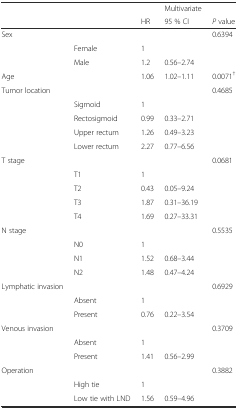
<table><thead><tr><td></td><td></td><td></td><td><b>Multivariate</b></td><td></td></tr><tr><td></td><td></td><td><b>HR</b></td><td><b>95 % CI</b></td><td><b><i>P</i> value</b></td></tr></thead><tbody><tr><td rowspan="3">Sex</td><td></td><td></td><td></td><td>0.6394</td></tr><tr><td>Female</td><td>1</td><td></td><td></td></tr><tr><td>Male</td><td>1.2</td><td>0.56–2.74</td><td></td></tr><tr><td>Age</td><td></td><td>1.06</td><td>1.02–1.11</td><td>0.0071<sup>†</sup></td></tr><tr><td rowspan="5">Tumor location</td><td></td><td></td><td></td><td>0.4685</td></tr><tr><td>Sigmoid</td><td>1</td><td></td><td></td></tr><tr><td>Rectosigmoid</td><td>0.99</td><td>0.33–2.71</td><td></td></tr><tr><td>Upper rectum</td><td>1.26</td><td>0.49–3.23</td><td></td></tr><tr><td>Lower rectum</td><td>2.27</td><td>0.77–6.56</td><td></td></tr><tr><td rowspan="5">T stage</td><td></td><td></td><td></td><td>0.0681</td></tr><tr><td>T1</td><td>1</td><td></td><td></td></tr><tr><td>T2</td><td>0.43</td><td>0.05–9.24</td><td></td></tr><tr><td>T3</td><td>1.87</td><td>0.31–36.19</td><td></td></tr><tr><td>T4</td><td>1.69</td><td>0.27–33.31</td><td></td></tr><tr><td rowspan="4">N stage</td><td></td><td></td><td></td><td>0.5535</td></tr><tr><td>N0</td><td>1</td><td></td><td></td></tr><tr><td>N1</td><td>1.52</td><td>0.68–3.44</td><td></td></tr><tr><td>N2</td><td>1.48</td><td>0.47–4.24</td><td></td></tr><tr><td rowspan="3">Lymphatic invasion</td><td></td><td></td><td></td><td>0.6929</td></tr><tr><td>Absent</td><td>1</td><td></td><td></td></tr><tr><td>Present</td><td>0.76</td><td>0.22–3.54</td><td></td></tr><tr><td rowspan="3">Venous invasion</td><td></td><td></td><td></td><td>0.3709</td></tr><tr><td>Absent</td><td>1</td><td></td><td></td></tr><tr><td>Present</td><td>1.41</td><td>0.56–2.99</td><td></td></tr><tr><td rowspan="3">Operation</td><td></td><td></td><td></td><td>0.3882</td></tr><tr><td>High tie</td><td>1</td><td></td><td></td></tr><tr><td>Low tie with LND</td><td>1.56</td><td>0.59–4.96</td><td></td></tr></tbody></table>